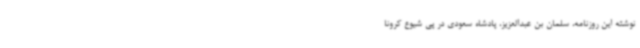
نوشته این روزنامه، سلمان بن عبدالعزیز، پادشاه سعودی در پی شیوع کرونا